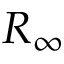
R _ { \infty }